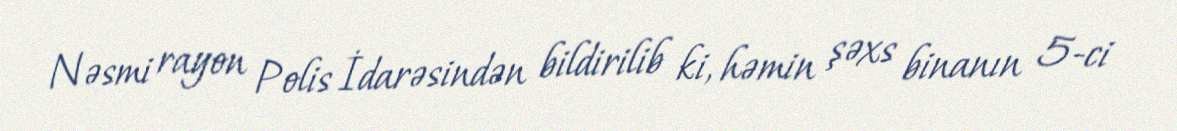
Nəsmi rayon Polis İdarəsindən bildirilib ki, həmin şəxs binanın 5-ci